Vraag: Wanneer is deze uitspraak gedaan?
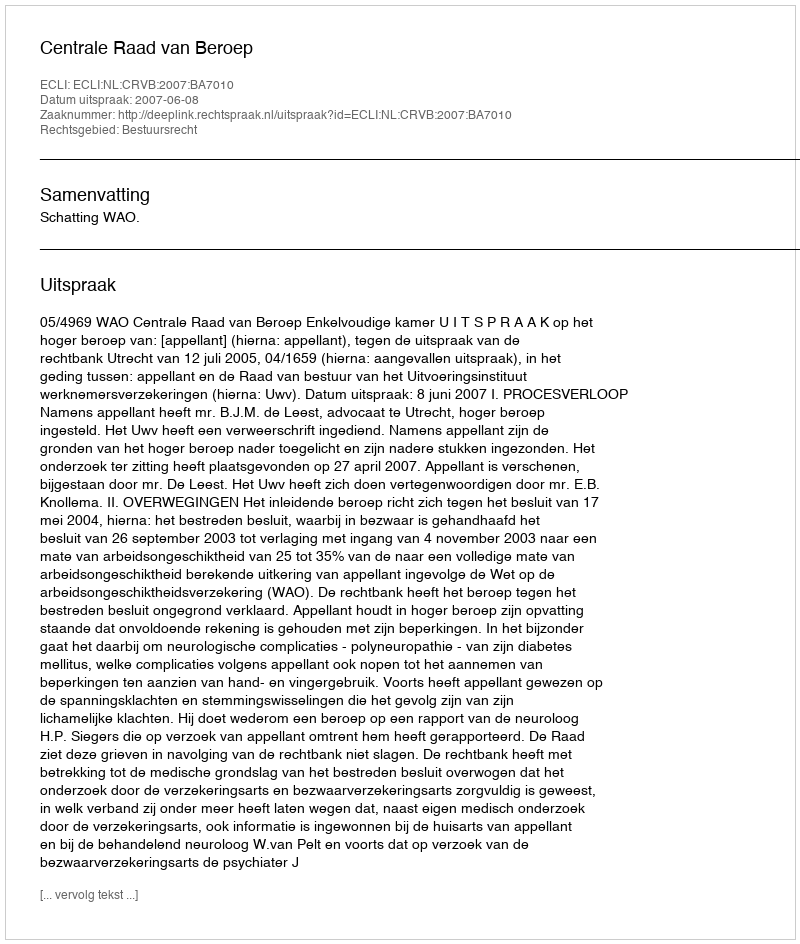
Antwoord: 2007-06-08